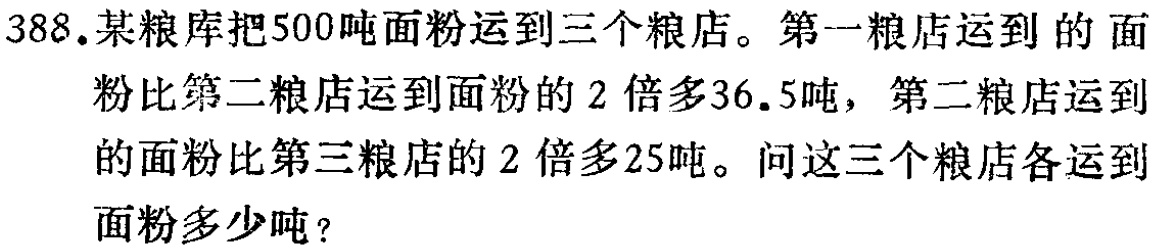
388.某粮库把500吨面粉运到三个粮店。第一粮店运到的面粉比第二粮店运到面粉的2倍多36.5吨，第二粮店运到的面粉比第三粮店的2倍多25吨。问这三个粮店各运到面粉多少吨？